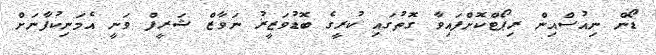
ޑޯން ނިއުސްއިން ރިޕޯޓްކޮށްފައިވާ ގޮތުގައި ކުރީގެ ބޮޑުވަޒީރު ނަވާޒް ޝަރީފް ވަނީ އެމަނިކުފާނަށް